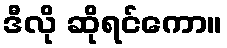
ဒီလို ဆိုရင်ကော။